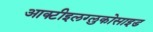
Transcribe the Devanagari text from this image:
आक्टीइलग्लुकोसाइड